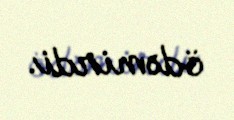
ödəmirdi.